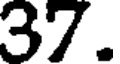
37.